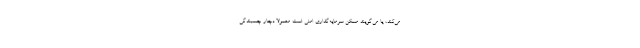
می‌کند، یا می‌گویند مسکن سرمایه‌گذاری امنی است معمولا دچار چسبندگی